Scottish Certificate of Education, 1963
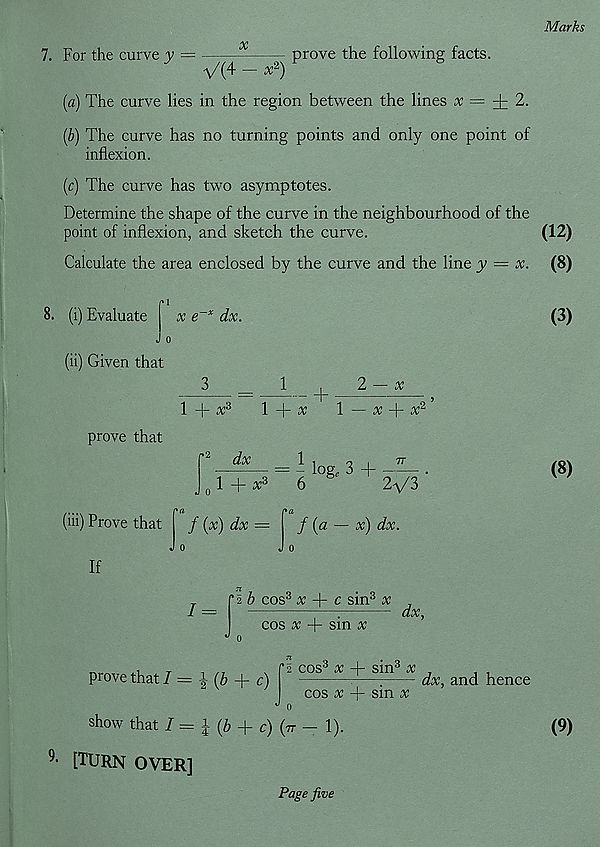
Marks
oc
7. For the curve y =
prove the following facts.
V'(4 — x 2 )
(a) The curve lies in the region between the lines x = ± 2.
(b) The curve has no turning points and only one point of
inflexion.
(c) The curve has two asymptotes.
Determine the shape of the curve in the neighbourhood of the
point of inflexion, and sketch the curve.
(12)
Calculate the area enclosed by the curve and the line y — x. (8)
8. (i) Evaluate
(ii) Given that
prove that
x e x dx.
=
- +
x
l+^c 3
1 -f- x
1 — x + x 2
r 2 dx
1 ,
0 ,
7T
= - log, 3 +
1 + x 3
6
2V3
(iii) Prove that
f (x) dx =
f (a — x) dx.
Jo
Jo
If
b cos 3 x + c sin 3 x
1 =
cos x + sm x
dx,
prove that I = ± (b + c)
show that I=±(b + c)(ir- 1).
9 - [Turn over]
2 cos 3 x + sin 3 x
cos x + sin x
(3)
(8)
dx, and hence
(9)
Page five